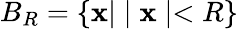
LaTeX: B_{R}=\left\{ {\mathbf x}|\mid{\mathbf x}\mid<R\right\}